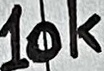
Text: 10K